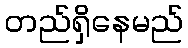
တည်ရှိနေမည်